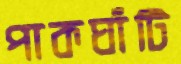
পাকঘাঁটি